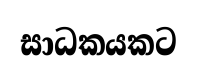
සාධකයකට